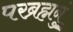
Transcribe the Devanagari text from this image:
परब्रह्मनुं